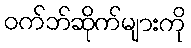
ဝက်ဘ်ဆိုက်များကို